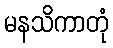
မနသိကာတုံ